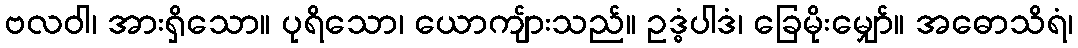
ဗလဝါ၊ အားရှိသော။ ပုရိသော၊ ယောကျ်ားသည်။ ဥဒ္ဓံပါဒံ၊ ခြေမိုးမျှော်။ အဓောသိရံ၊